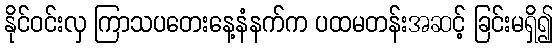
နိုင်ဝင်းလှ ကြာသပတေးနေ့နံနက်က ပထမတန်းအဆင့် ခြင်းမရှိ၍